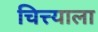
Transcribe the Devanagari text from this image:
चित्त्याला